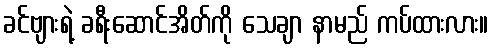
ခင်ဗျားရဲ့ ခရီးဆောင်အိတ်ကို သေချာ နာမည် ကပ်ထားလား။